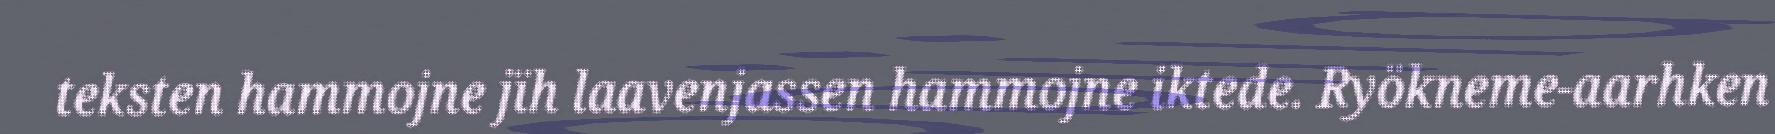
teksten hammojne jïh laavenjassen hammojne iktede. Ryökneme-aarhken